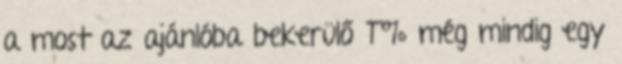
a most az ajánlóba bekerülő T% még mindig egy